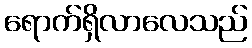
ရောက်ရှိလာလေသည်